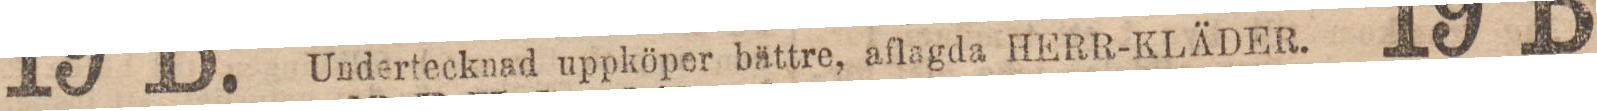
Undertecknad uppköper bättre, aflagda HERR-KLÄDER.